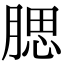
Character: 腮